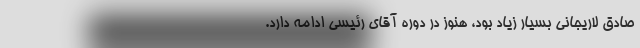
صادق لاریجانی بسیار زیاد بود، هنوز در دوره آقای رئیسی ادامه دارد.